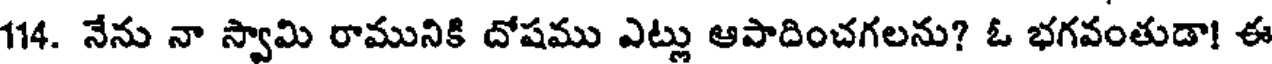
114. నేను నా స్వామి రామునికి దోషము ఎట్లు ఆపాదించగలను? ఓ భగవంతుడా! ఈ